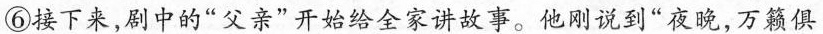
⑥接下来，剧中的”父亲”开始给全家讲故事。他刚说到”夜晚，万籁俱